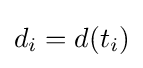
d_{i}=d(t_{i})